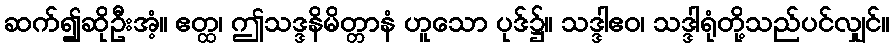
ဆက်၍ဆိုဦးအံ့။ ဧတ္ထ၊ ဤသဒ္ဒနိမိတ္တာနံ ဟူသော ပုဒ်၌။ သဒ္ဒါဧဝ၊ သဒ္ဒါရုံတို့သည်ပင်လျှင်။